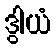
ဒွါယံ